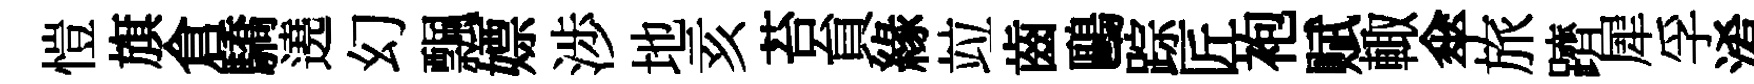
愷旗倉驕遶幻飄嫖渉地亥苔貟緣竝齒鷗踪匠袍赋輙傘旅躋犀孚淆